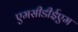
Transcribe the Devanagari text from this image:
एमसीडीईएम